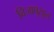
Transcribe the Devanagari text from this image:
विजापुरहून